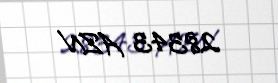
28343 AZN